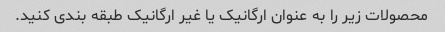
محصولات زیر را به عنوان ارگانیک یا غیر ارگانیک طبقه بندی کنید.